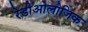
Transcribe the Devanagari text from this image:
रेडीओलोजिक